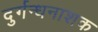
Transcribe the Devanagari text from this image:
दुर्गन्धनाशक